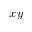
x y